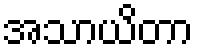
အသာယိတာ